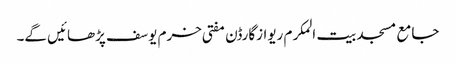
جامع مسجد بیت المکرم ریوازگارڈن مفتی خرم یوسف پڑھائیں گے۔